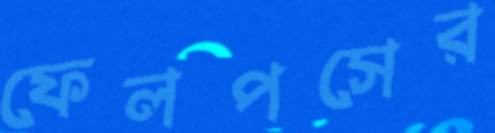
ফেলপসের